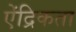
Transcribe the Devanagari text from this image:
ऐंद्रिकता